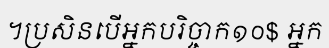
។ប្រសិនបើអ្នកបរិច្ចាក១០$ អ្នក